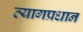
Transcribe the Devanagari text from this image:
त्यागप्रधान